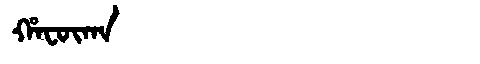
Manchu: ᡥᠠᡶᡡᡴᠠ
Romanization: HAFŪKA